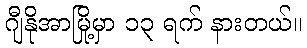
ဂျီနိုအာမြို့မှာ ၁၃ ရက် နားတယ်။